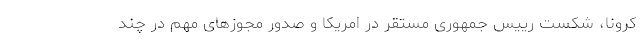
کرونا، شکست رییس جمهوری مستقر در امریکا و صدور مجوزهای مهم در چند